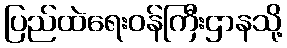
ပြည်ထဲရေးဝန်ကြီးဌာနသို့